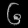
Digit: ၆